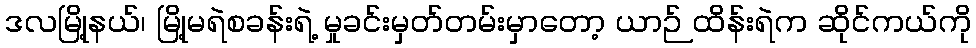
ဒလမြို့နယ်၊ မြို့မရဲစခန်းရဲ့ မှုခင်းမှတ်တမ်းမှာတော့ ယာဉ် ထိန်းရဲက ဆိုင်ကယ်ကို